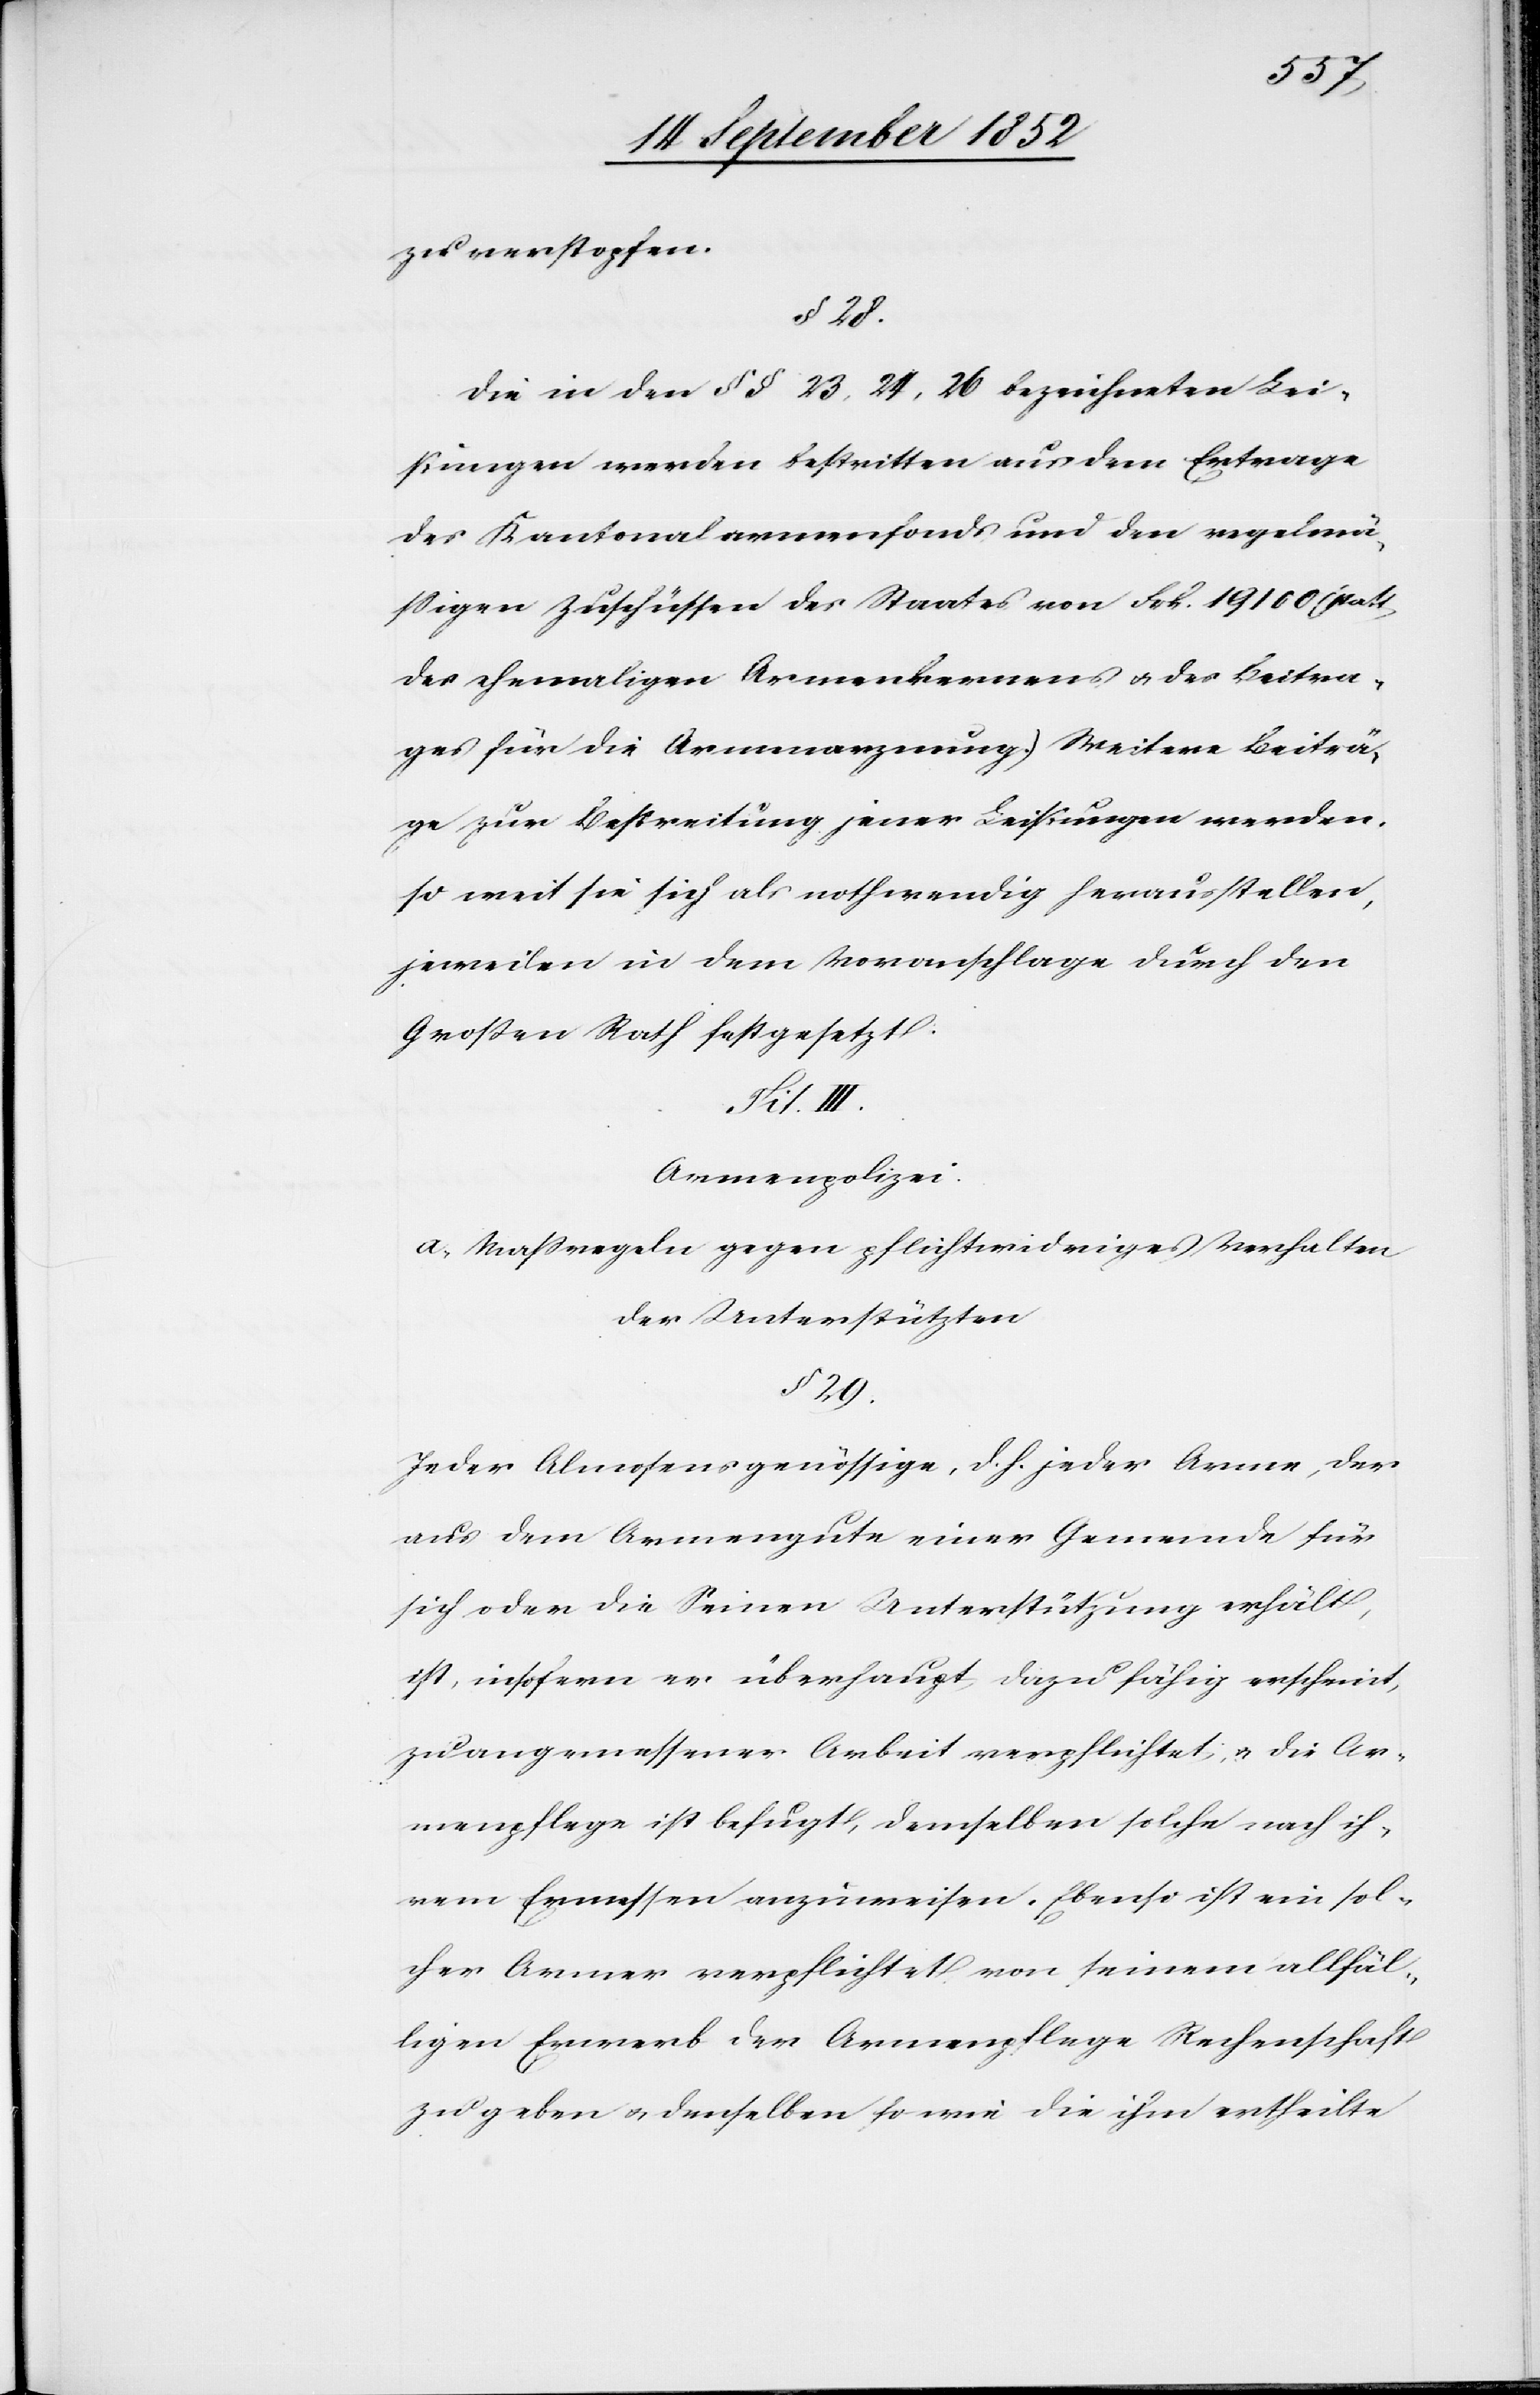
zu verstopfen.
§ 28.
Die in den § § 23, 24, 26 bezeichneten Lei¬
stungen werden bestritten aus dem Ertrage
des Kantonalarmenfonds und den regelmä¬
ssigen Zuschüssen des Staates von Frk. 19 100 (statt
des ehemaligen Armenkernens & des Beitra¬
ges für die Armenarznung.) Weitere Beiträ¬
ge zur Bestreitung jener Leistungen werden,
so weit sie sich als nothwendig herausstellen,
jeweilen in dem Voranschlage durch den
Großen Rath festgesetzt.
Armenpolizei.
a, Massregeln gegen pflichtwidriges Verhalten
der Unterstützten
§ 29.
Jeder Almosensgenössige, d. h. jeder Arme, der
aus dem Armengute einer Gemeinde für
sich oder die Seinen Unterstützung erhält,
ist, insofern er überhaupt dazu fähig erscheint,
zu angemessener Arbeit verpflichtet, & die Ar¬
menpflege ist befugt, demselben solche nach ih¬
rem Ermessen anzuweisen. Ebenso ist ein sol¬
cher Armer verpflichtet von seinem allfäl¬
ligen Erwerb der Armenpflege Rechenschaft
zu geben & denselben so wie die ihm ertheilte